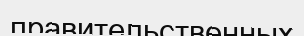
правительственных